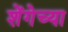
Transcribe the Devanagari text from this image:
शेंगेच्या